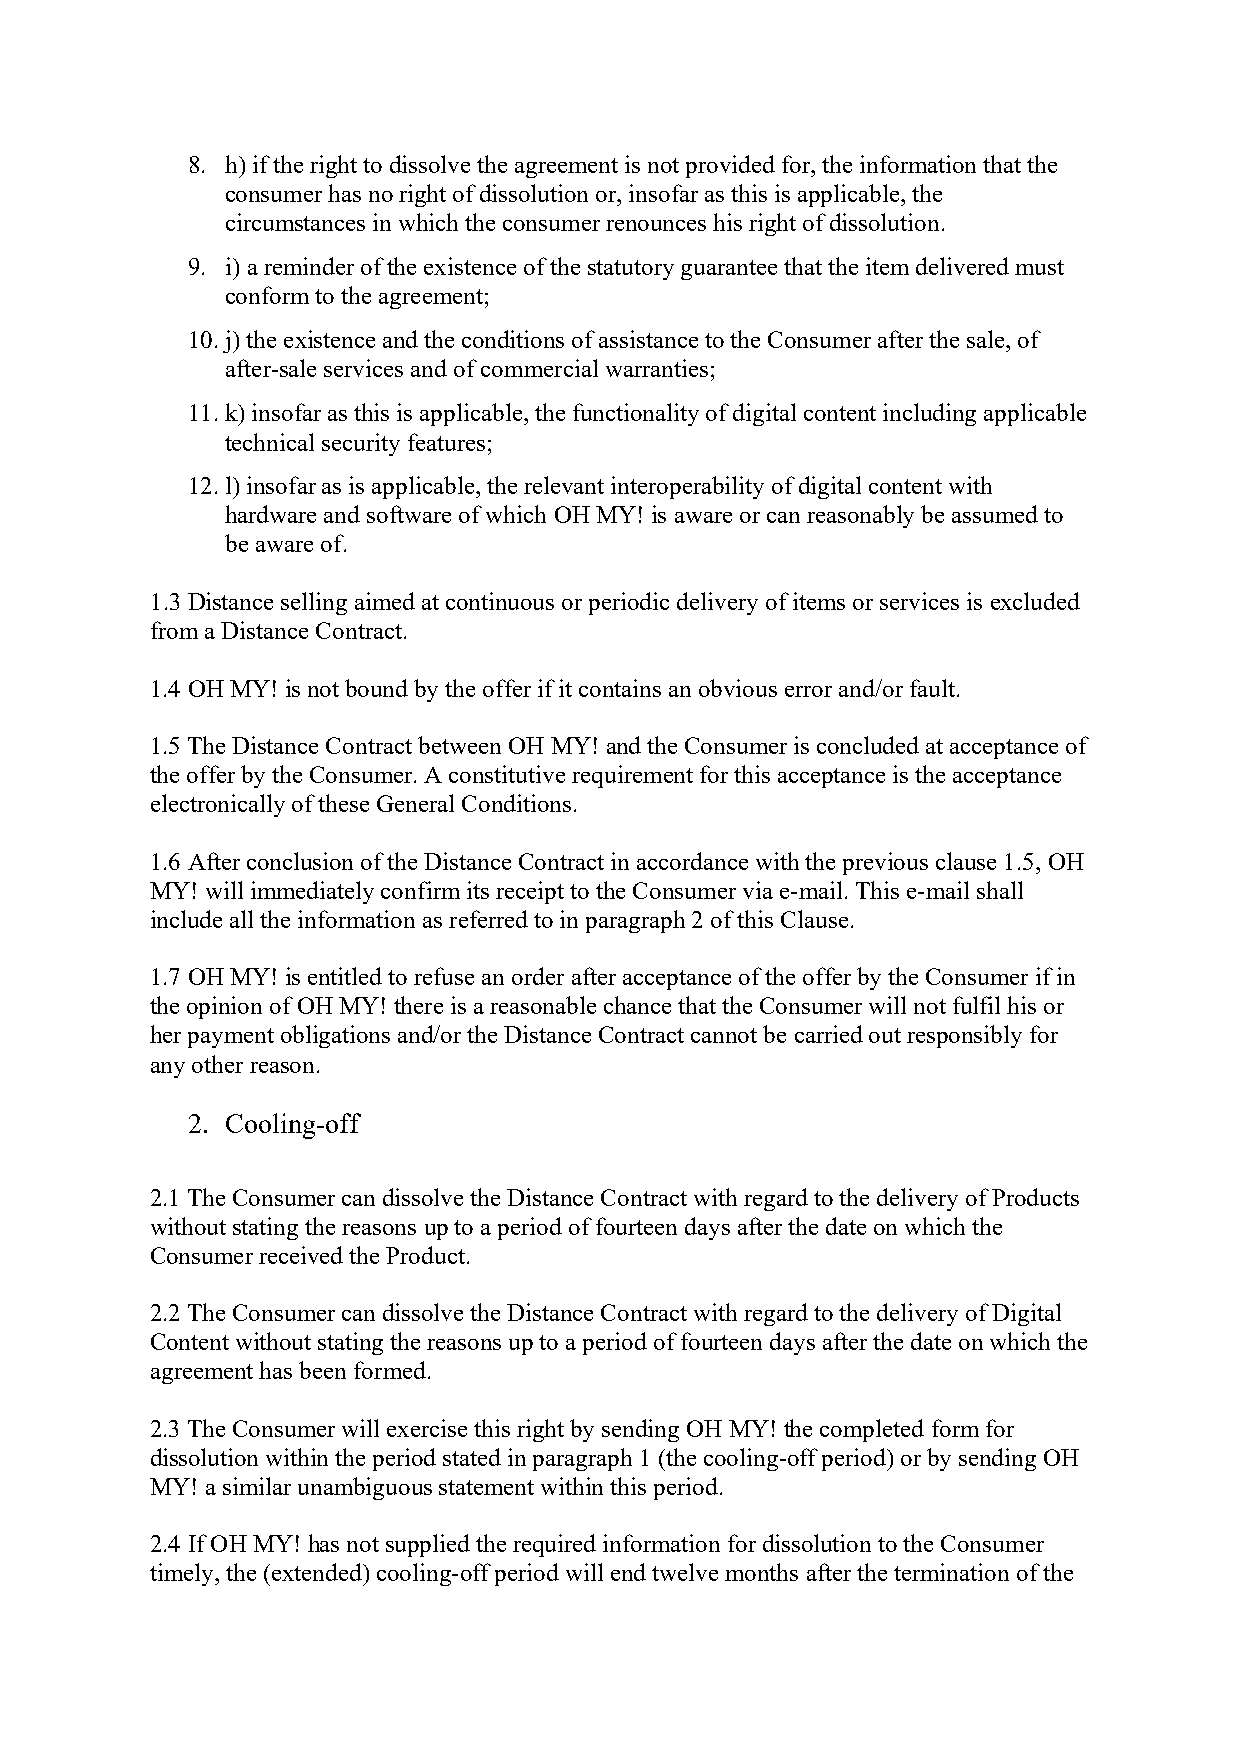
8. h) if the right to dissolve the agreement is not provided for, the information that the
 consumer has no right of dissolution or, insofar as this is applicable, the
 circumstances in which the consumer renounces his right of dissolution.
 9. i) a reminder of the existence of the statutory guarantee that the item delivered must
 conform to the agreement;
 10. j) the existence and the conditions of assistance to the Consumer after the sale, of
 after-sale services and of commercial warranties;
 11. k) insofar as this is applicable, the functionality of digital content including applicable
 technical security features;
 12. l) insofar as is applicable, the relevant interoperability of digital content with
 hardware and software of which OH MY! is aware or can reasonably be assumed to
 be aware of.
 1.3 Distance selling aimed at continuous or periodic delivery of items or services is excluded
 from a Distance Contract.
 1.4 OH MY! is not bound by the offer if it contains an obvious error and/or fault.
 1.5 The Distance Contract between OH MY! and the Consumer is concluded at acceptance of
 the offer by the Consumer. A constitutive requirement for this acceptance is the acceptance
 electronically of these General Conditions.
 1.6 After conclusion of the Distance Contract in accordance with the previous clause 1.5, OH
 MY! will immediately confirm its receipt to the Consumer via e-mail. This e-mail shall
 include all the information as referred to in paragraph 2 of this Clause.
 1.7 OH MY! is entitled to refuse an order after acceptance of the offer by the Consumer if in
 the opinion of OH MY! there is a reasonable chance that the Consumer will not fulfil his or
 her payment obligations and/or the Distance Contract cannot be carried out responsibly for
 any other reason.
 2. Cooling-off
 2.1 The Consumer can dissolve the Distance Contract with regard to the delivery of Products
 without stating the reasons up to a period of fourteen days after the date on which the
 Consumer received the Product.
 2.2 The Consumer can dissolve the Distance Contract with regard to the delivery of Digital
 Content without stating the reasons up to a period of fourteen days after the date on which the
 agreement has been formed.
 2.3 The Consumer will exercise this right by sending OH MY! the completed form for
 dissolution within the period stated in paragraph 1 (the cooling-off period) or by sending OH
 MY! a similar unambiguous statement within this period.
 2.4 If OH MY! has not supplied the required information for dissolution to the Consumer
 timely, the (extended) cooling-off period will end twelve months after the termination of the